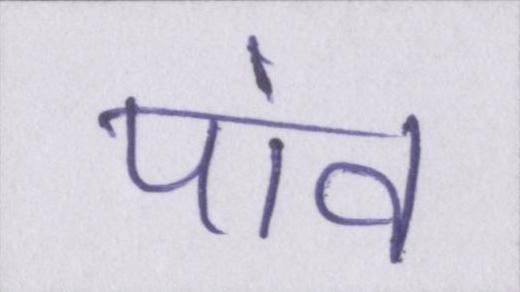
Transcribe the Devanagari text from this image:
पांव